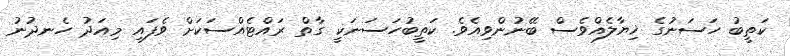
ކަތީބު ހަސަނުގެ ޚިޔާލެއްވެސް ބޭނުންވިއެވެ. ކަތީބުހަސަނަކީ ގާތް ރައްޓެއްސަކަށް ވެފައި މިއަދު ހެނދުނު